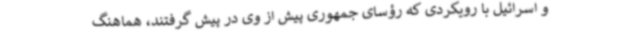
و اسرائیل با رویکردی که رؤسای جمهوری پیش از وی در پیش گرفتند، هماهنگ